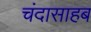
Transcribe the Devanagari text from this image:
चंदासाहब